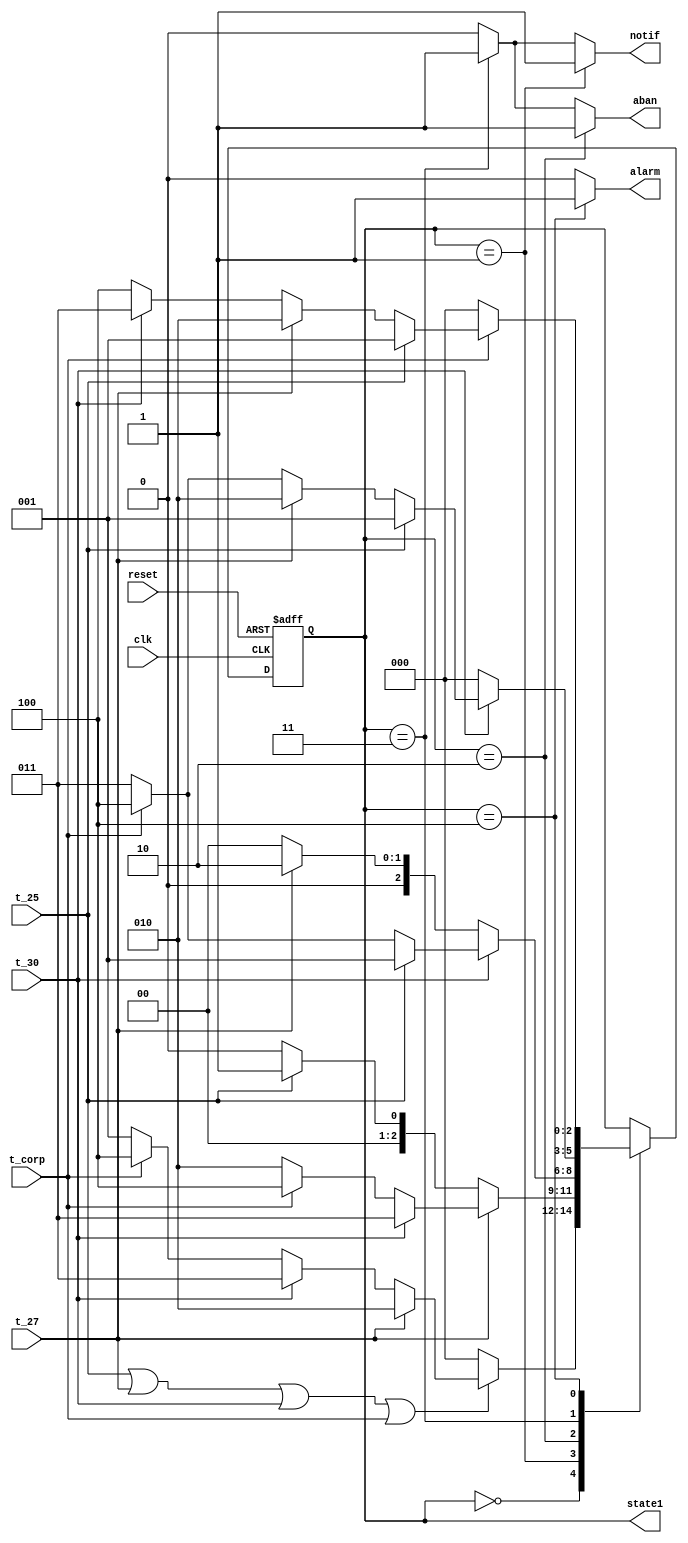
`timescale 1ns / 1ps
//////////////////////////////////////////////////////////////////////////////////
// Company: 
// Engineer: 
// 
// Design Name: 
// Module Name:    M_Estados 
// Project Name: 
// Target Devices: 
// Tool versions: 
// Description: 
//
// Dependencies: 
//
// Revision: 
// Revision 0.01 - File Created
// Additional Comments: 
//	Gracias al libro FPGA Prototyping by Verilog Examples de Pong P. Chu, como guia para el codigo
//////////////////////////////////////////////////////////////////////////////////
module M_Estados(
		
		//////////Entradas y Salidas
		input wire clk, reset,
		input wire t_25,t_27,t_30, t_corp,
		output wire notif, aban, alarm,
		output wire [2:0] state1
		
    );
	
  
	 //symbolic state declaration
	 localparam [2:0] 
	 
			 s1_inicio=3'b000,
			 s2_temp_25=3'b001,
			 s3_temp_27=3'b010,
			 s4_temp_30=3'b011,
			 s5_temp_corp=3'b100;
			 //s6_temp_todas=3'b101;
			 
			 
	 //signal declaration
	 reg [2:0] state_reg, state_next;
	

			
	 //state register
	 always@(posedge clk, posedge reset)
	 
	 if(reset)
			state_reg<=s1_inicio; ////////se le asigna un estado inicial
	 else
			state_reg<=state_next; //con esto se recorren las variables de estado
	 
	 
		 //Bloque de la maquina de estados, funciona cuando ocurre un cambio
		 always@*
		 begin
			
			///inicializacion de las variables de salida y default
			state_next=state_reg;		
			
			/////Estados///////
				case(state_reg)



					s1_inicio: if(t_25 || t_27 || t_30 || t_corp)  ///estado en el que inicia el sistema, y permite empezar en cualquier estado
										begin										//// si sucede cualquiera de las condiciones
											if(t_27)
												begin		
													state_next=s3_temp_27;
												end
											else if(t_30)
														state_next=s4_temp_30;
													else if(t_corp)
																state_next=s5_temp_corp;
															else
																state_next=s2_temp_25;
										end
									
									else
										state_next=s1_inicio;
										
										
										
					s2_temp_25: if(t_27)															////Este estado genera una salida de Notificacion (notif)
											begin														////y evalua si se activa otro estado para cambiar a este o quedarse en el actual
												if(t_30)
														state_next=s4_temp_30;
												else if(t_corp)
																state_next=s5_temp_corp;
														else
															state_next=s3_temp_27;
											end
										
									else if(t_25)
											state_next=s2_temp_25;
											else
											state_next=s1_inicio;
										
					
					s3_temp_27: if(t_30)														////Este estado genera una salida de Encender abanico (aban)
										begin 													////y evalua si se activa otro estado para cambiar a este o quedarse en el actual
											if(t_25)
												state_next=s2_temp_25;
											else if(t_corp)
												state_next=s5_temp_corp;
											else
												state_next=s4_temp_30;
										
										end
									else if(t_27)
												state_next=s3_temp_27;
											else
												state_next=s1_inicio;
					
					s4_temp_30: if(t_30)														////Este estado genera una salida de notificar y encender abanico simultaneamente (aban y notif)
											begin 												////y evalua si se activa otro estado para cambiar a este o quedarse en el actual
											if(t_25)
												state_next=s2_temp_25;
											else if(t_27)
												state_next=s3_temp_27;
											else if(t_corp)
													state_next=s5_temp_corp;
												else
													state_next=s4_temp_30;
												
										end
									else if (t_30)
												state_next=s4_temp_30;
											else
												state_next=s1_inicio;
												
					s5_temp_corp: if(t_corp)													////Este estado genera una salida independiente de las anteriores y sonar una alarma (alarm)
											begin 													////y evalua si se activa otro estado para cambiar a este o quedarse en el actual
											if(t_25)
												state_next=s2_temp_25;
											else if(t_27)
												state_next=s3_temp_27;
											else if(t_30)
													state_next=s4_temp_30;
												else
													state_next=s5_temp_corp;
										end
									else if(t_corp)
												state_next=s5_temp_corp;
											else 
												state_next=s1_inicio;
												
//					s6_temp_todas: if(t_corp & t_25 & t_27 & t_30)						////Este estado genera activas todas las salidas
//											begin 													
//												state_next=s6_temp_todas;
//											end
																
				endcase		
				//////////////////////////////
			end
			
			
	//Salidas de la maquina de estados /// se evalua para cuales estados se activan y se activan los LEDS
   assign notif 	=	(state_reg==s2_temp_25)? 1'b1 : 1'b0  |  (state_reg==s4_temp_30)? 1'b1:1'b0 ;//| (state_reg==s5_temp_corp)? 1'b1:1'b0; //| (state_reg==s6_temp_todas)? 1'b1:1'b0 ;
   assign aban		=	(state_reg==s3_temp_27)? 1'b1:1'b0 |  (state_reg==s4_temp_30)? 1'b1:1'b0 ;//| (state_reg==s5_temp_corp)? 1'b1:1'b0; //| (state_reg==s6_temp_todas)? 1'b1:1'b0; 	
	assign alarm	=	(state_reg==s5_temp_corp)? 1'b1:1'b0 ;// | (state_reg==s6_temp_todas)? 1'b1:1'b0; 
   assign state1  =   state_reg; 		/////Permite activar las salidas del display segun el estado en que se encuentre la variable


endmodule